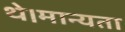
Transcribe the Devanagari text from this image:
थे।मान्यता